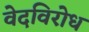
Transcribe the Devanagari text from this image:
वेदविरोध